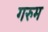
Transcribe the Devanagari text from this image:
गरुम